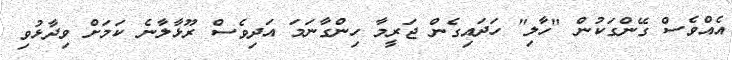
އެއްވެސް ގޭންގަކުން "ހާލި" ހަދައިގެން ޖަރީމާ ހިންގާނަމަ އަދިވެސް ރޫޅާލާނެ ކަމަށް ވިދާޅުވި